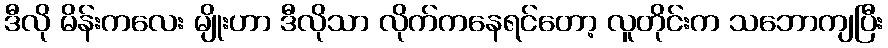
ဒီလို မိန်းကလေး မျိုးဟာ ဒီလိုသာ လိုက်ကနေရင်တော့ လူတိုင်းက သဘောကျပြီး